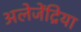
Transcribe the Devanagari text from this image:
अलेजेंद्रिया